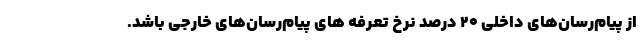
از پیام‌رسان‌های داخلی ۲۰ درصد نرخ تعرفه های پیام‌رسان‌های خارجی باشد.